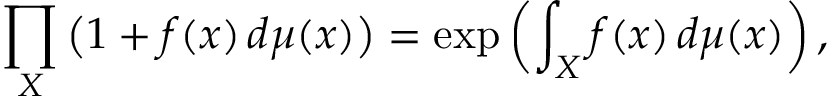
\prod _ { X } { \big ( } 1 + f ( x ) \, d \mu ( x ) { \big ) } = \exp \left( \int _ { X } f ( x ) \, d \mu ( x ) \right) ,